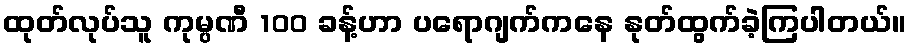
ထုတ်လုပ်သူ ကုမ္ပဏီ 100 ခန့်ဟာ ပရောဂျက်ကနေ နုတ်ထွက်ခဲ့ကြပါတယ်။